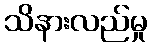
သိနားလည်မှု